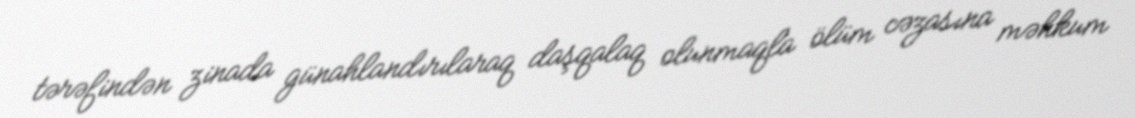
tərəfindən zinada günahlandırılaraq daşqalaq olunmaqla ölüm cəzasına məhkum